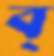
ব্